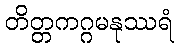
တိတ္တကဂ္ဂမနုဿရံ